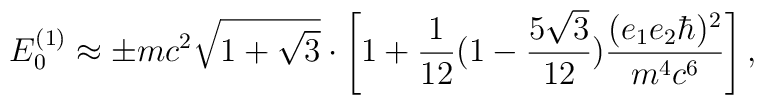
E_0^{(1)} \approx \pm mc^2 \sqrt{1+\sqrt{3}}  \cdot\left[1 + \frac{1}{12} (1- \frac{5\sqrt{3}}{12}) \frac{(e_1e_2{\hbar})^2}{m^4c^6}\right],